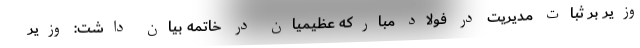
وزیر بر ثبات مدیریت در فولاد مبارکه عظیمیان در خاتمه بیان داشت: وزیر